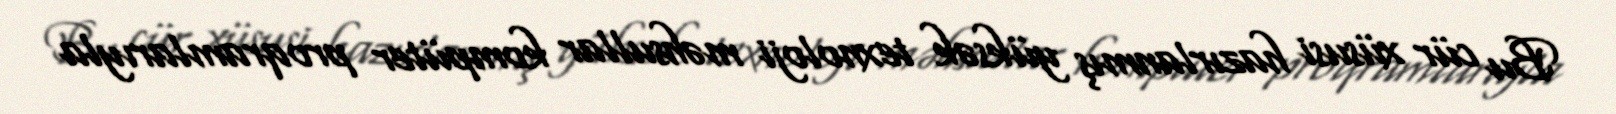
Bu cür xüsusi hazırlanmış yüksək texnoloji məhsullar kompüter proqramlarıyla